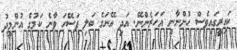
ކައިރީގައިވެސް ހުންނާނީ އަހަރެންނޭ. އަދި އޭނަގެ ބަލި ފަސޭހަ ވާނެ ކަމުގެ އުންމީދު